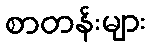
စာတန်းများ